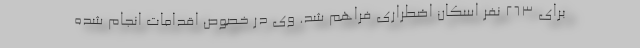
برای ٢۶٣ نفر اسکان اضطراری فراهم شد. وی در خصوص اقدامات انجام شده